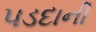
પડદાની